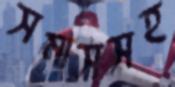
সমাসসহ